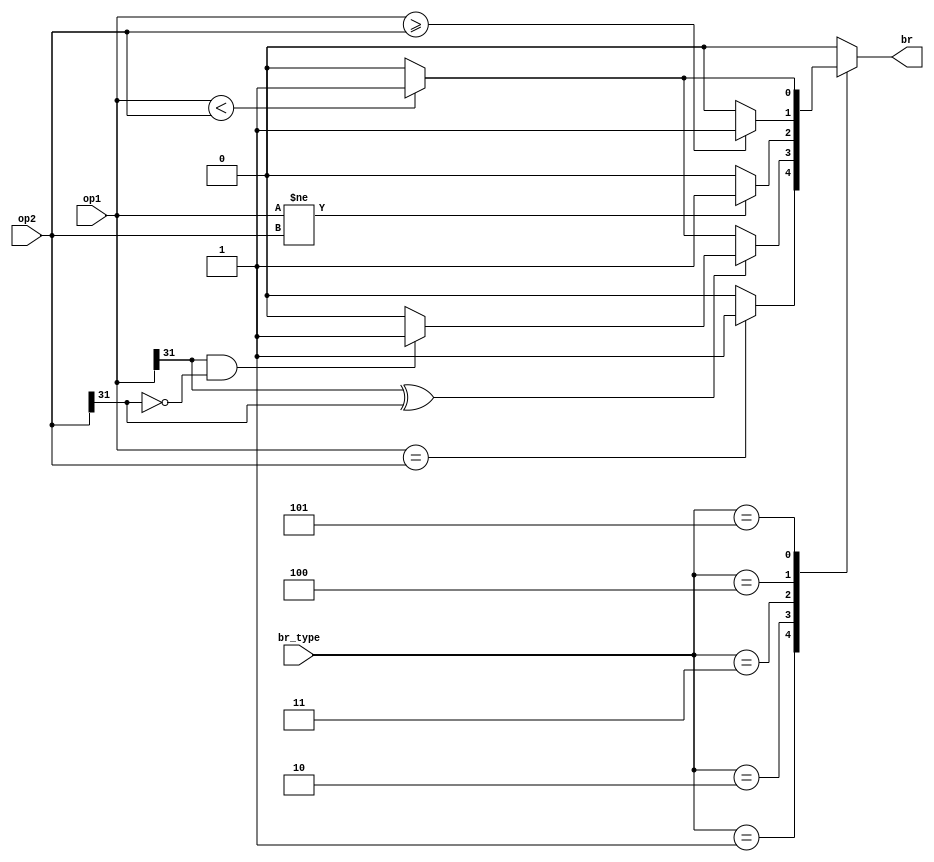
module branch(
    input [31:0] op1, op2,
    input [2:0] br_type,
    output reg br //
);
    always @(*) begin
        case (br_type)
            3'b000: br = 0; // 
            3'b001: // beq
            begin
                if (op1 == op2) br = 1; // 
                else br = 0;
            end
            3'b010: // blt // 
            begin
                if (~(op1[31] ^ op2[31])) // 
                    br = (op1 < op2 ? 1'b1 : 1'b0); // 
                else if (op1[31] && !op2[31])
                    br = 1'b1;
                else 
                    br = 1'b0;
            end
            3'b011: // bne 
            begin
                if (op1 != op2) br = 1'b1; // 
                else br = 1'b0;
            end
            3'b100: // bgeu 
            begin
                if (op1 >= op2) br = 1'b1; // 
                else br = 1'b0;
            end
            3'b101: // bltu 
            begin
                if (op1 < op2) br = 1'b1; // 
                else br = 1'b0;
            end
            default: br = 1'b0;
        endcase
    end
endmodule